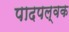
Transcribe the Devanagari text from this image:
पादपल्वक